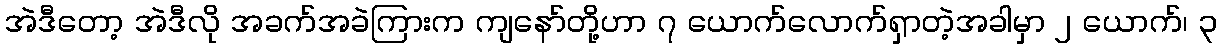
အဲဒီတော့ အဲဒီလို အခက်အခဲကြားက ကျနော်တို့ဟာ ၇ ယောက်လောက်ရှာတဲ့အခါမှာ ၂ ယောက်၊ ၃